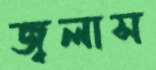
জ্বলাস